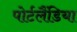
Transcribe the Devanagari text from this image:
पोर्टलैंडिया